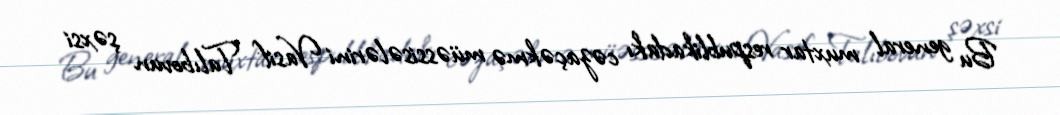
Bu general muxtar respublikadakı cəzaçəkmə müəssisələrini Vasif Talıbovun şəxsi